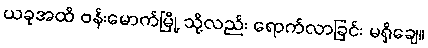
ယခုအထိ ဗန်းမောက်မြို့ သို့လည်း ရောက်လာခြင်း မရှိချေ။